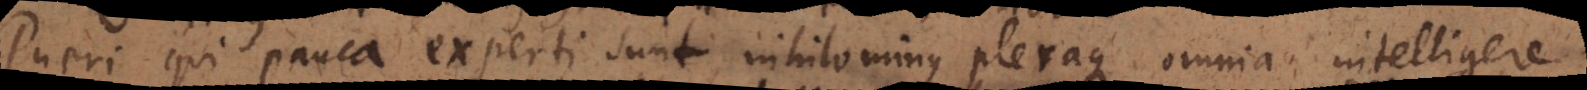
Pueri qui pauca experti sunt, nihilominus pleraque omnia intelligere